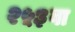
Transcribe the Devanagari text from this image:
२५३वा